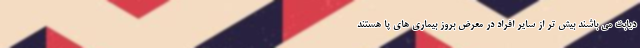
دیابت می باشند بیش تر از سایر افراد در معرض بروز بیماری های پا هستند